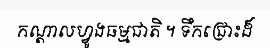
កណ្តាលហ្វូងធម្មជាតិ ។ ទឹកជ្រោះដ៏